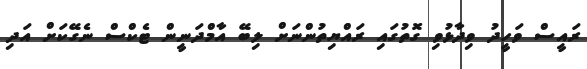
ރައީސް ވަހީދު ވިދާޅުވި ގޮތުގައި ރައްޔިތުންނަށް ލިބޭ އާމްދަނީން ޓެކްސް ނެގޭކަށް އަދި